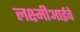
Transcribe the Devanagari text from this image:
लक्ष्मीआईचे